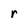
Character: r